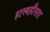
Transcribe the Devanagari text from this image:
हास्यहीनता